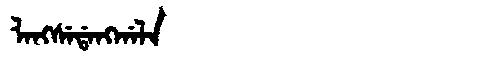
Manchu: ᠯᠠᠩᠰᡝᡩᠠᠩᡤᠠᠯᠠ
Romanization: LANGSEDANGGALA